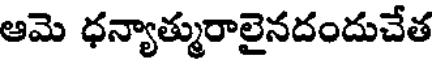
ఆమె ధన్యాత్మురాలైనదందుచేత